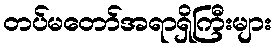
တပ်မတော်အရာရှိကြီးများ